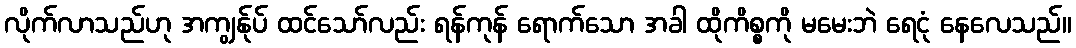
လိုက်လာသည်ဟု အကျွန်ုပ် ထင်သော်လည်း ရန်ကုန် ရောက်သော အခါ ထိုကိစ္စကို မမေးဘဲ ရေငုံ နေလေသည်။